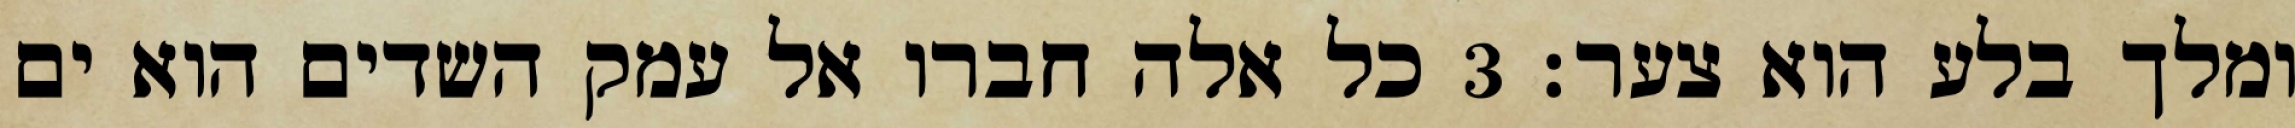
ומלך בלע הוא צער׃ ‎3‏ כל אלה חברו אל עמק השדים הוא ים